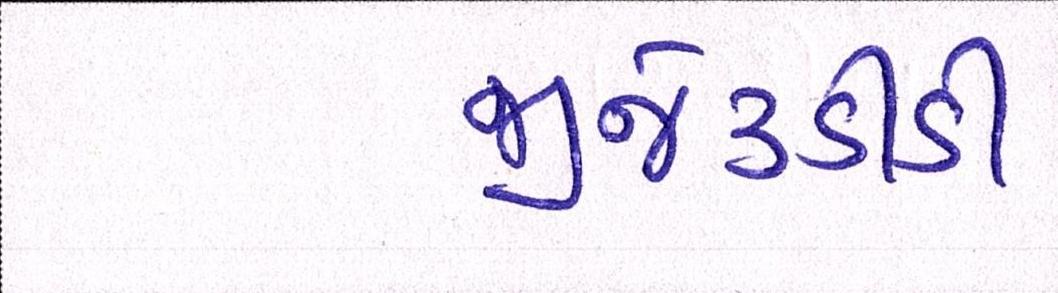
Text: જીજે૩ડીડી